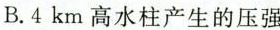
B.4km高水柱产生的压强